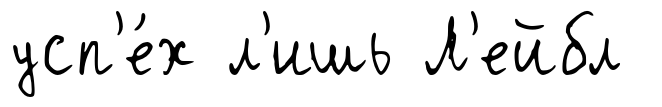
усп'е́х л'ишь Л'ейбл